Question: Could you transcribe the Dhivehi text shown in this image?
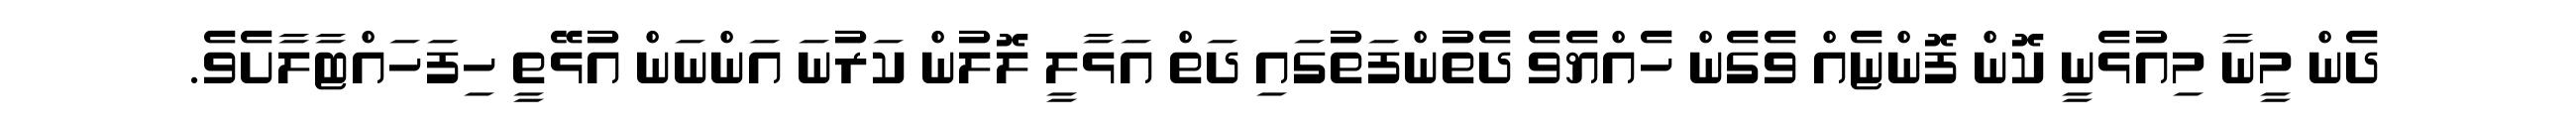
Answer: ދެން މީނާ މިއުޅެނީ ކޮން ފޮންޏެއް ވެގެން ހެއްޔެވެ ދެތުންފަތުގައި ދަތް އަޅާލީ ލޮލުން ކަރުނަ އަންނަން އުޅޭތީ ހިފަހައްޓާލާށެވެ.